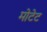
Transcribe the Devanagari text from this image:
मोटेट